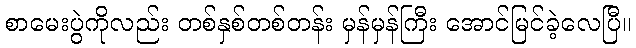
စာမေးပွဲကိုလည်း တစ်နှစ်တစ်တန်း မှန်မှန်ကြီး အောင်မြင်ခဲ့လေပြီ။